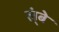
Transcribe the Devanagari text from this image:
ल्ंबे